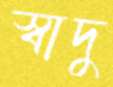
স্বাদু